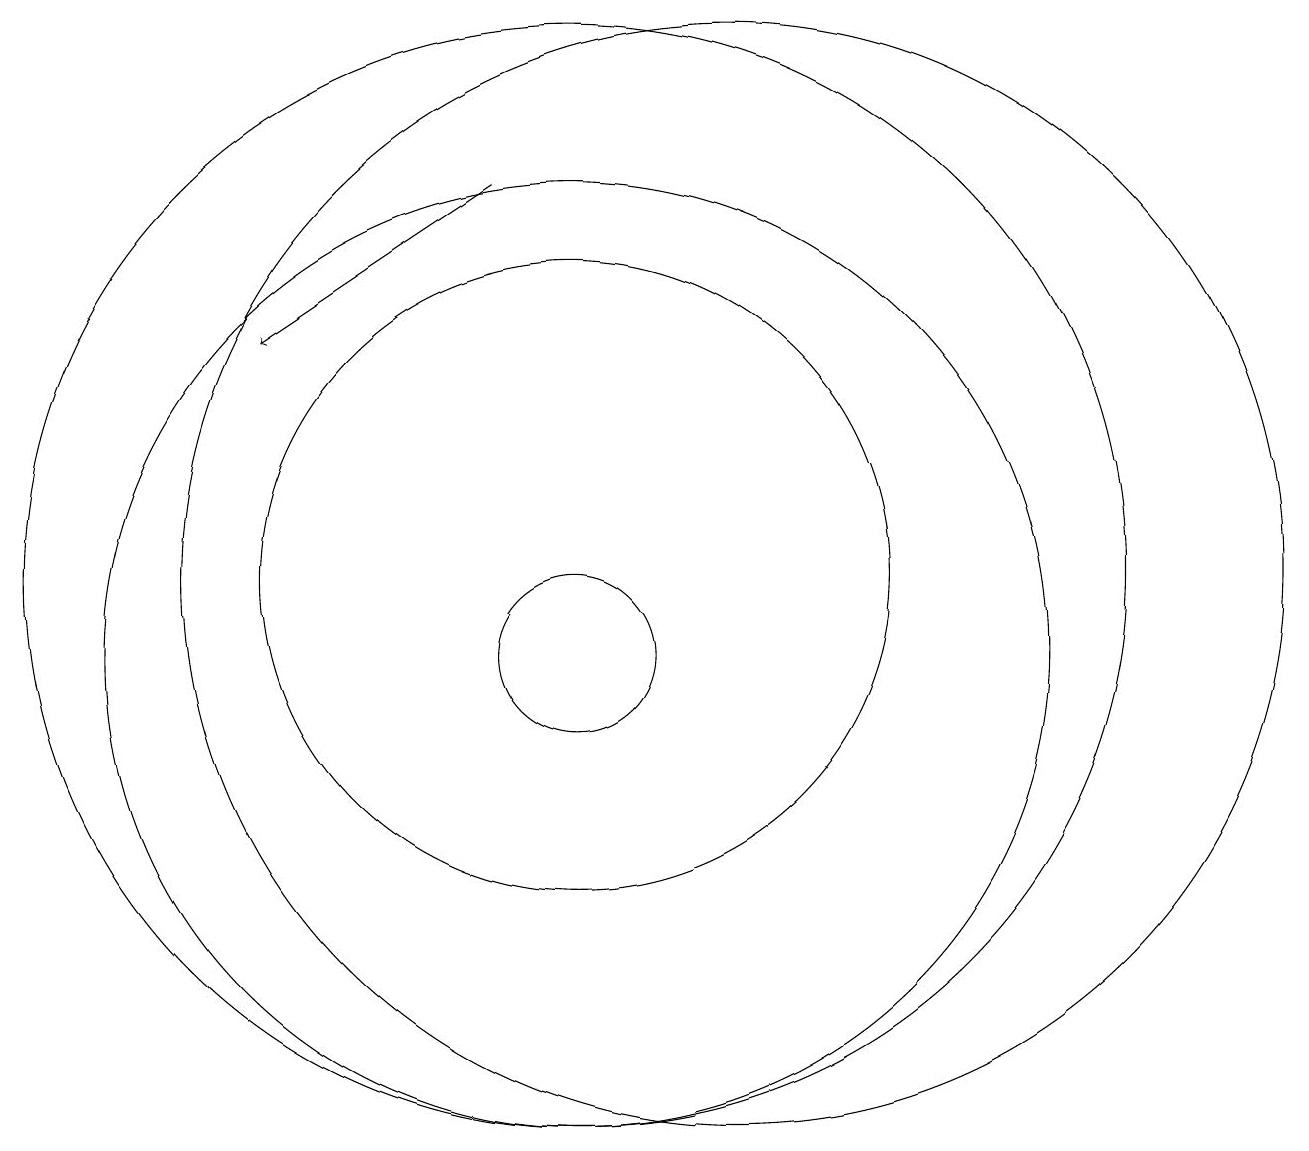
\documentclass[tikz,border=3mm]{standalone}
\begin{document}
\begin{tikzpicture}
\draw (12,11) circle (0);
\draw (10,10) circle (6);
\draw[->] (9,16) -- (6,14);
\draw (10,11) circle (4);
\draw (10,11) circle (7);
\draw (12,11) circle (7);
\draw (10,10) circle (1);
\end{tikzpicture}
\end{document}